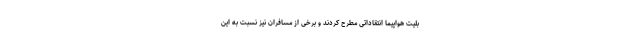
بلیت هواپیما انتقاداتی مطرح کردند و برخی از مسافران نیز نسبت به این